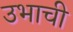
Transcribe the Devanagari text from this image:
उभाची